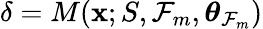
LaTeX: \delta=M(\mathbf{x};S,\mathcal{F}_{m},\boldsymbol{\theta}_{\mathcal{F}_{m}})